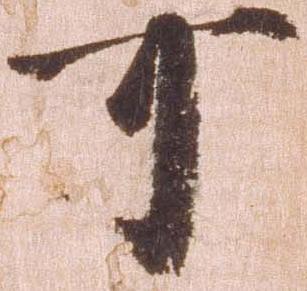
可